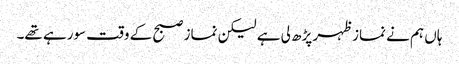
ہاں ہم نے نماز ظہر پڑھ لی ہے لیکن نماز صبح کے وقت سورہے تھے۔